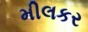
મીલકર